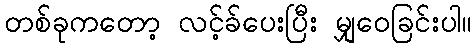
တစ်ခုကတော့ လင့်ခ်ပေးပြီး မျှဝေခြင်းပါ။